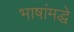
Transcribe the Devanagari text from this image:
भाषांमद्धे